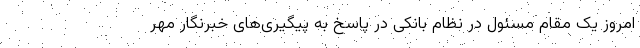
امروز یک مقام مسئول در نظام بانکی در پاسخ به پیگیری‌های خبرنگار مهر